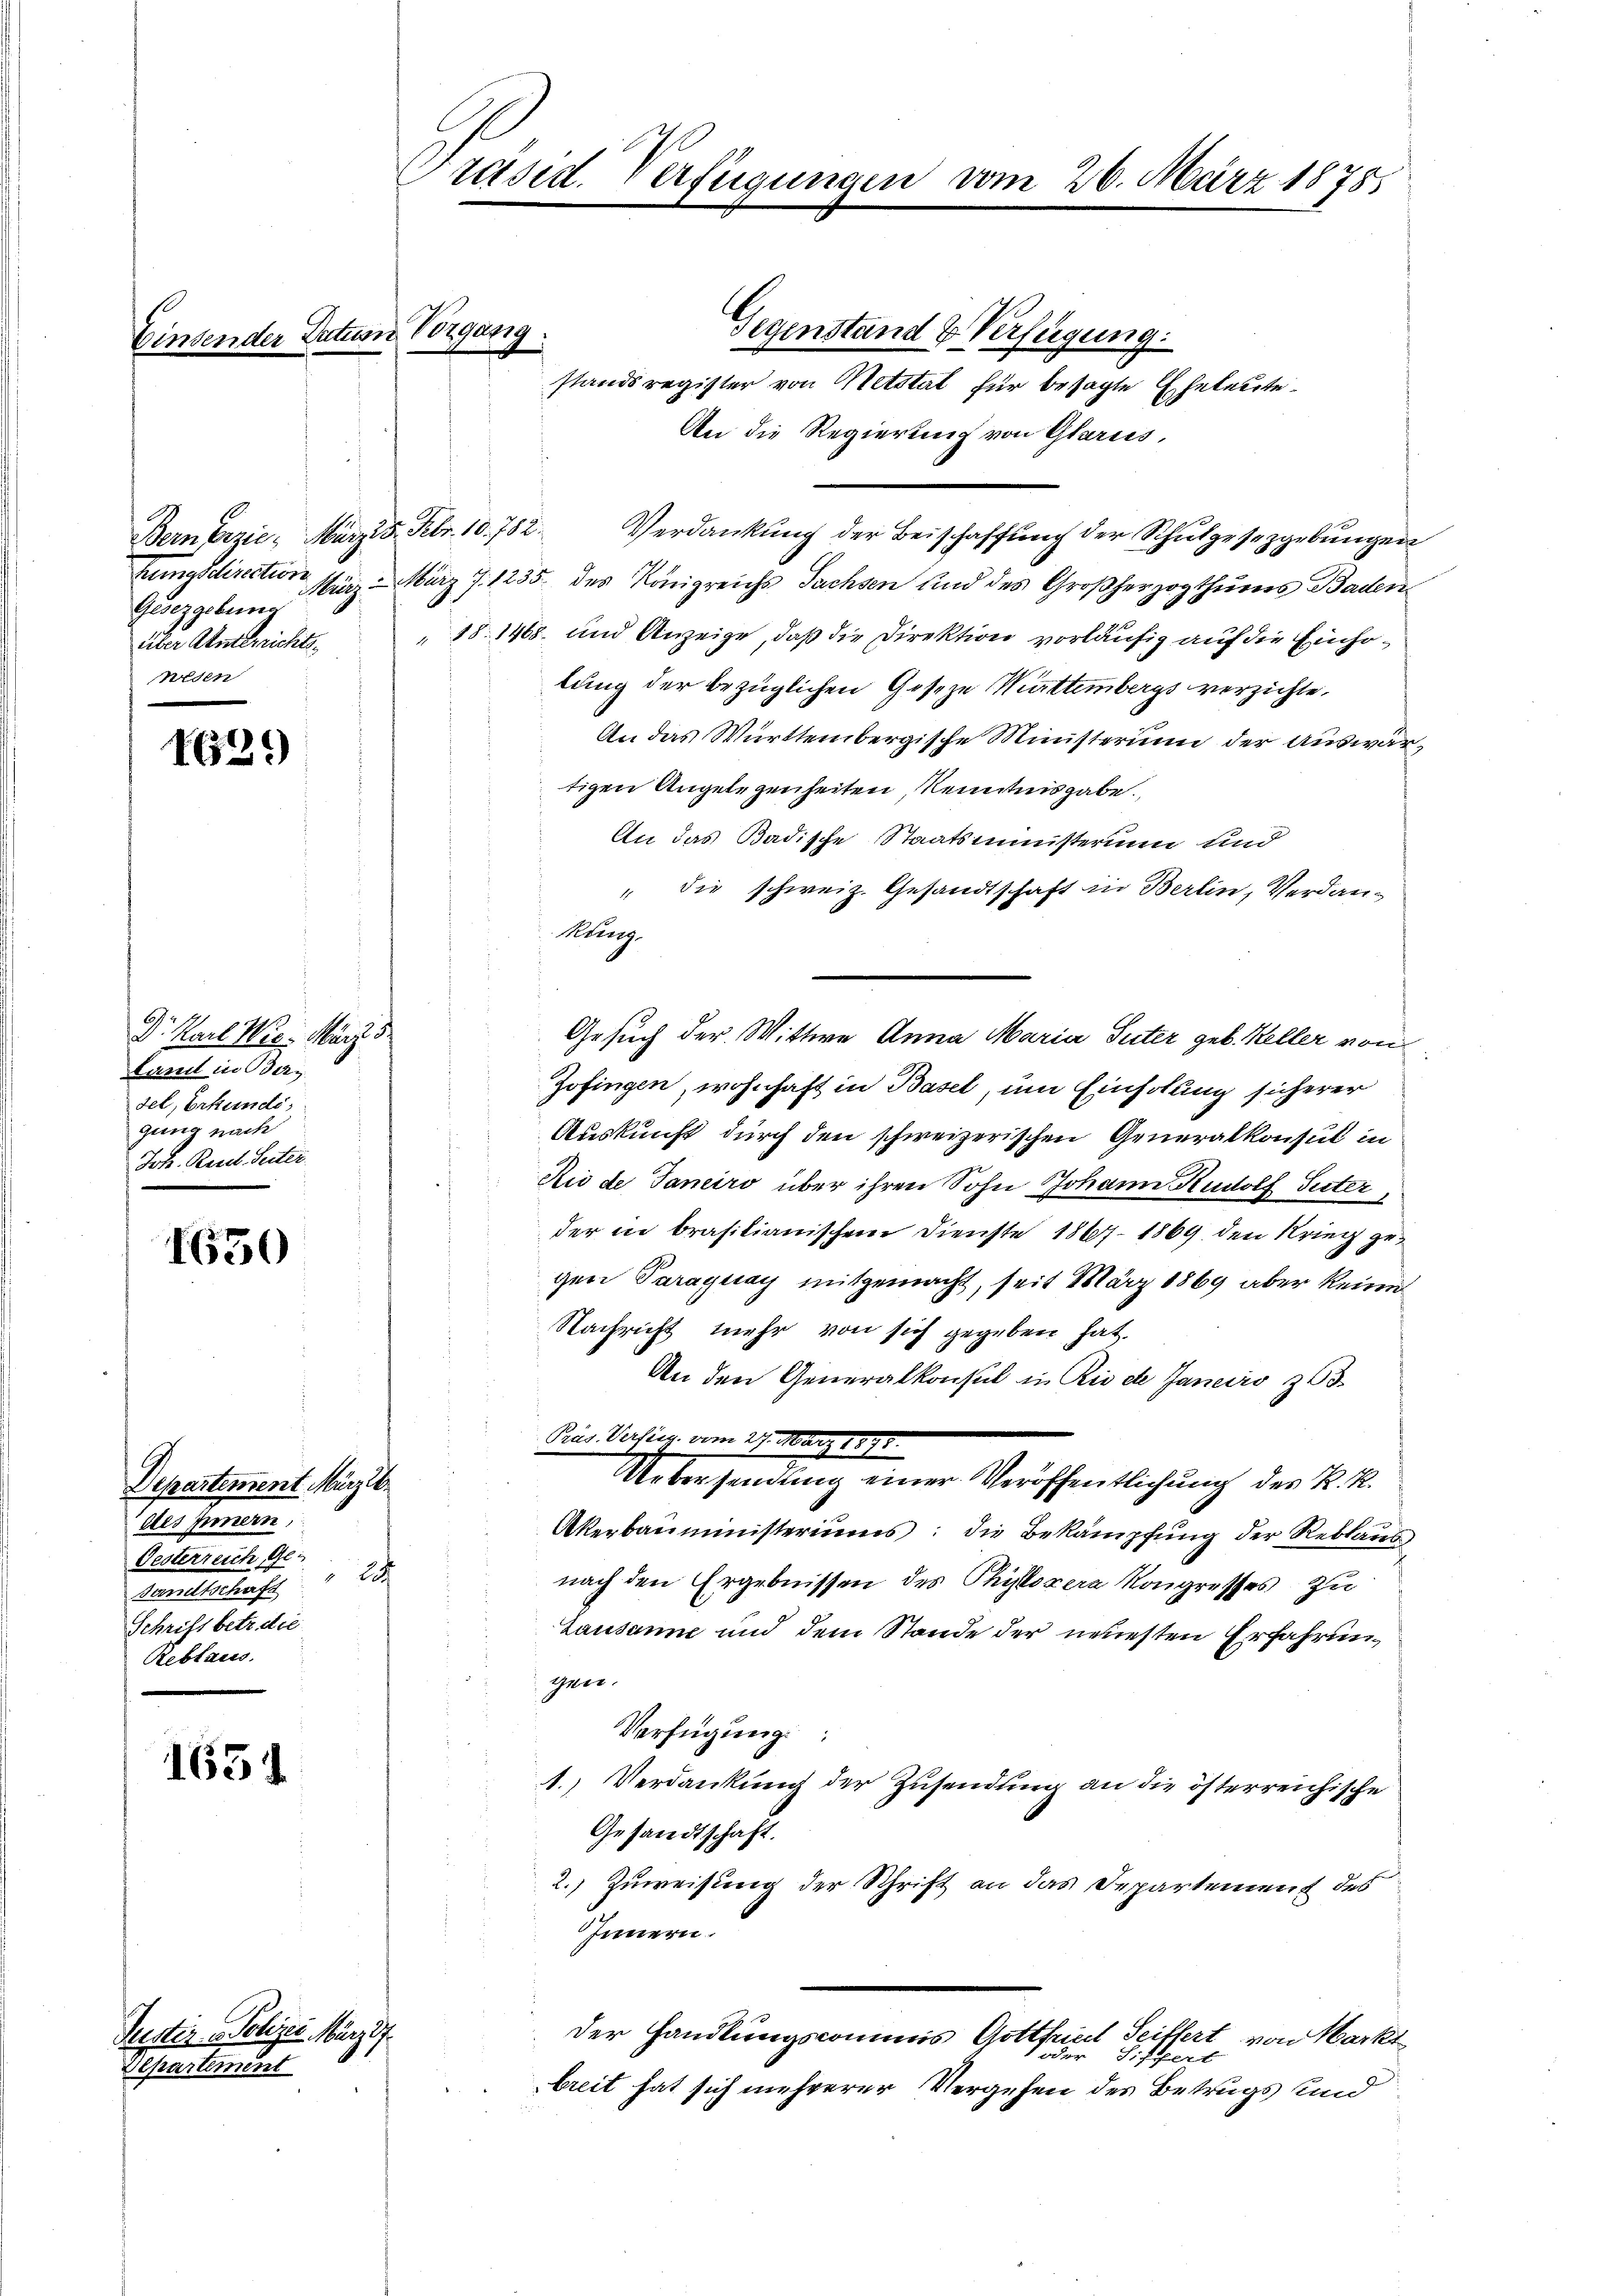
Bern Erzić, März 18. Febr. 10. 752.
Gesetzgebung
über Absterrichts¬
42

VG21)

694 f.
D. Karl Wig. März 5
Damit in Oder,
sel, Erkunde,
gung nach
Joh. Kardl. Seiter

1650

Departement März l.
des Innern,
Oesterreich Ge¬
 La
Samtschaft
Schrift betr die
Rebtaus

1654

Justiz - Polizei März d.
Departement

er Datum Borgang.

Präsid. Verfügungen vom 26. März 1878.

standsregister von Metstät für besagte Eheleute

Gegenstand & Verfügung.
Verdankung der Beischaffung der Schulgesezgebungen
tungsdirection sturz. März Z. 1235 des Königreichs Sachsen und des Großherzogthums Baden
18. 1468 und Anzeige, daß die Direktion vorläufig auf die Einholung der bezüglichen Geseze Muttembergs verzichte,
An das Württembergische Ministerium der Auswartigen Angelegenheiten, Kenntnisgabe.
An das Badische Staatsministerium und
" die schweiz. Gesandtschaft in Berlin, Verdan¬
Kiburg
Zofingen, wohnhaft in Basel, um Einholung sicherer
Auskunft durch den schweizerischen Generalkonsul in
Rio de Janeiro über ihren Sohn Johann Rudolf Suter,
der in brasilianischem Dienste 1867–1869 den Krieg gegen Paraguay mitgemacht, seit März 1869 aber keine
Nachricht mehr von sich gegeben hat.
An den Generalkonsul in Riedte Janeiro zu
Pius Versieg. vom 27. März 1890.
Uebersendung einer Veröffentlichung der K. K.
Akerbauministeriums: die Bekämpfung der Reblaus
nach den Ergebnissen des Phylozere Kongresses zu
Lausanne und dem Stande der neuesten Erfahrung
gen.
Verfügung
1. Verdankung der Zusendung an die österreichische
Gesandtschaft.
2.) Zuweisung der Schrift an das Departement des
Innern.
der Handlungscommis Gottfriedl Seitsert von Markt
oder Siffert
breit hat sich mehrerer Vergehen des Betrugs und

An die Regierung von Glarus,

Gesuch der Wittwe Anna Maria Suter geb. Keller von